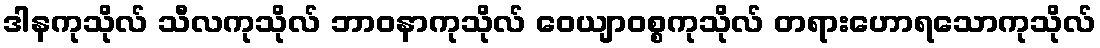
ဒါနကုသိုလ် သီလကုသိုလ် ဘာဝနာကုသိုလ် ဝေယျာဝစ္စကုသိုလ် တရားဟောရသောကုသိုလ်